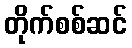
တိုက်စစ်ဆင်